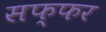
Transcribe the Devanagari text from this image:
सफ्फर